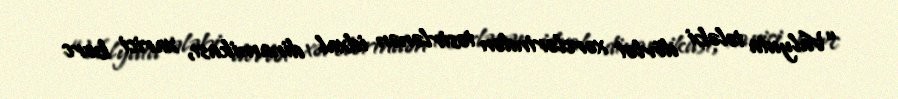
“Valyuta tələbi dövlət xərclərindən təsirlənən idxal dinamikası, xarici borc